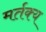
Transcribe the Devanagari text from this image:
मर्तक्य